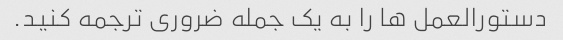
دستورالعمل ها را به یک جمله ضروری ترجمه کنید.